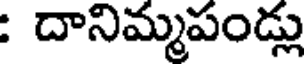
: దానిమ్మపండ్లు